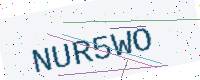
Text: NUR5WO